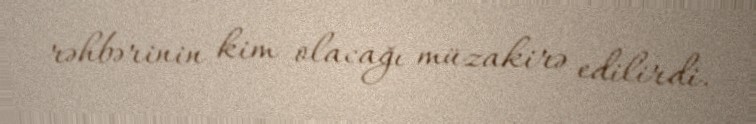
rəhbərinin kim olacağı müzakirə edilirdi.